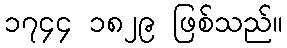
၁၇၄၄ ၁၈၂၉ ဖြစ်သည်။